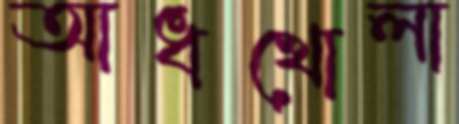
আধখোলা